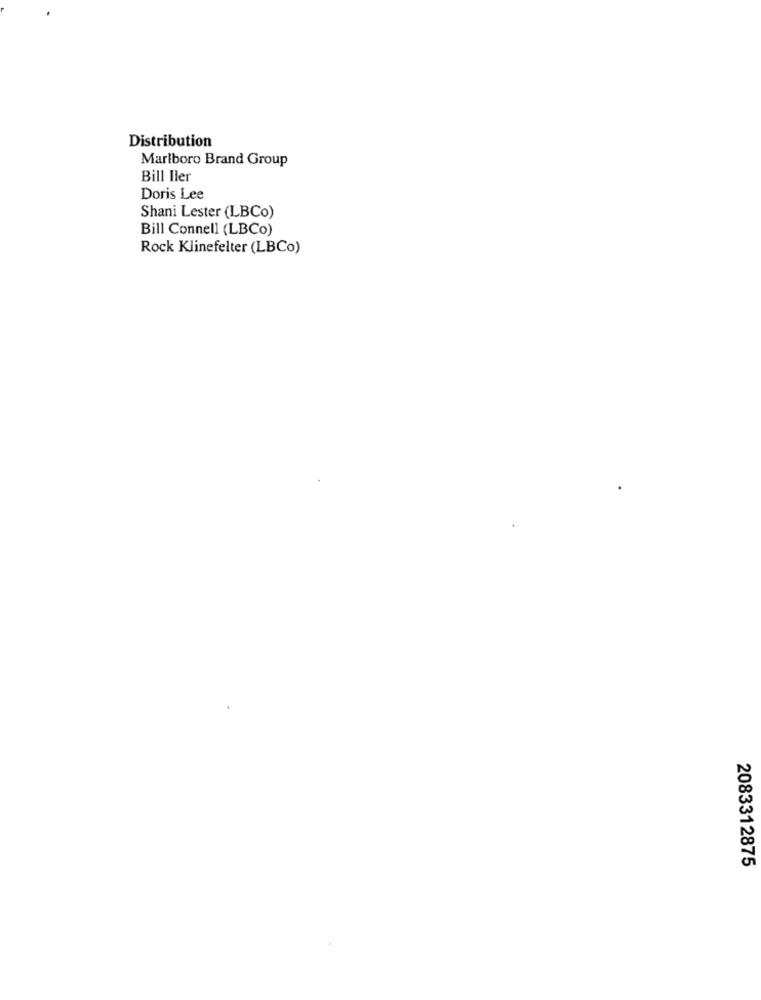
Distribution
Marlboro Brand Group
Bill Iler
Doris Lee
Shani Lester (LBCo)
Bill Connell (LBCo)
Rock Klinefelter (LBCo)
2083312875